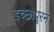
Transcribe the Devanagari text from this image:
इच्छापुरन